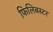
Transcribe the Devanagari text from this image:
फिलिबस्टर